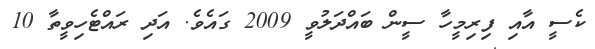
ކެސީ އާއި ފިރިމީހާ ސީން ބައްދަލުވީ 2009 ގައެވެ. އަދި ރައްޓެހިވީތާ 10